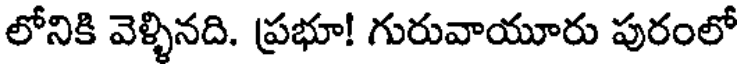
లోనికి వెళ్ళినది. ప్రభూ! గురువాయూరు పురంలో